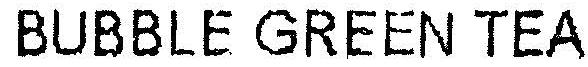
BUBBLE GREEN TEA